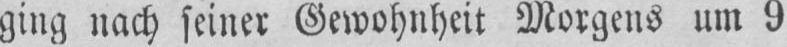
ging nach feiner Gewohnheit Morgens um 9